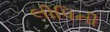
લીપિની